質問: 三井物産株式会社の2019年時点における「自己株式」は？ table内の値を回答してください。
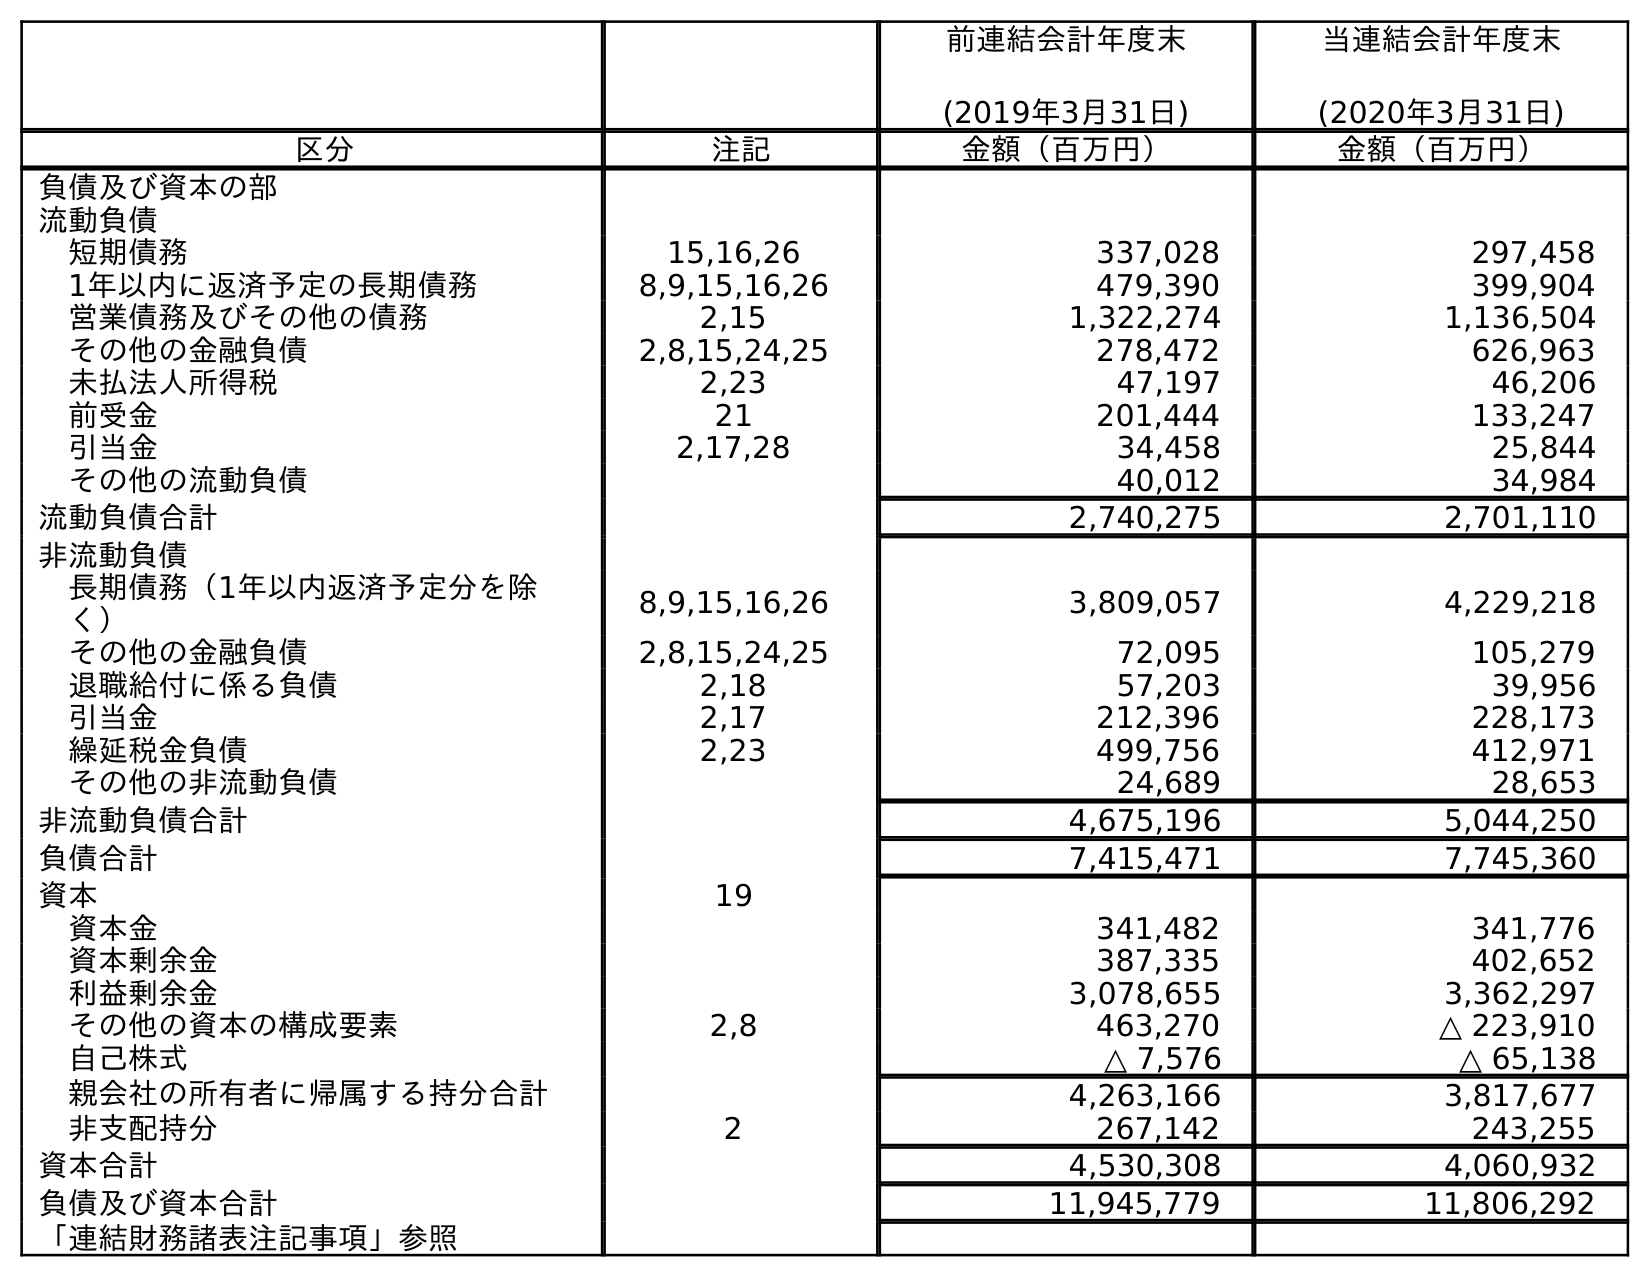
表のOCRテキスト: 前連結会計年度末 (2019年3月31日) 当連結会計年度末 (2020年3月31日) 区分 注記 金額（百万円） 金額（百万円） 負債及び資本の部 流動負債 短期債務 15,16,26 337,028 297,458 1年以内に返済予定の長期債務 8,9,15,16,26 479,390 399,904 営業債務及びその他の債務 2,15 1,322,274 1,136,504 その他の金融負債 2,8,15,24,25 278,472 626,963 未払法人所得税 2,23 47,197 46,206 前受金 21 201,444 133,247 引当金 2,17,28 34,458 25,844 その他の流動負債 40,012 34,984 流動負債合計 2,740,275 2,701,110 非流動負債 長期債務（1年以内返済予定分を除 く） 8,9,15,16,26 3,809,057 4,229,218 その他の金融負債 2,8,15,24,25 72,095 105,279 退職給付に係る負債 2,18 57,203 39,956 引当金 2,17 212,396 228,173 繰延税金負債 2,23 499,756 412,971 その他の非流動負債 24,689 28,653 非流動負債合計 4,675,196 5,044,250 負債合計 7,415,471 7,745,360 資本 19 資本金 341,482 341,776 資本剰余金 387,335 402,652 利益剰余金 3,078,655 3,362,297 その他の資本の構成要素 2,8 463,270 △ 223,910 自己株式 △ 7,576 △ 65,138 親会社の所有者に帰属する持分合計 4,263,166 3,817,677 非支配持分 2 267,142 243,255 資本合計 4,530,308 4,060,932 負債及び資本合計 11,945,779 11,806,292 「連結財務諸表注記事項」参照
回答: △7,576